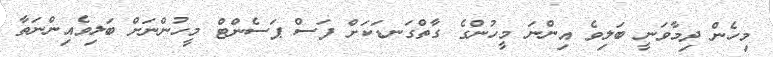
މިހެން ދިމާވަނީ ބަލިވެ އިންނަ މީހުންގެ ގާތްގަނޑަކަށް ފަސް ޕަސެންޓް މީހުންނަށް ބަލިވެއިންނަތާ